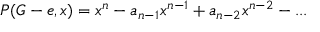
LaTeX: P ( G - e , x ) = x ^ { n } - a _ { n - 1 } x ^ { n - 1 } + a _ { n - 2 } x ^ { n - 2 } - . . .